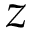
z